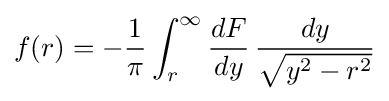
f(r)=-{\frac {1}{\pi }}\int _{r}^{\infty }{\frac {dF}{dy}}\,{\frac {dy}{\sqrt {y^{2}-r^{2}}}}